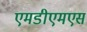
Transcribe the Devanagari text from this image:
एमडीएमएस